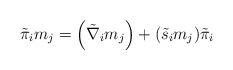
LaTeX: \begin{align*}\tilde{\pi}_{i}m_{j}=\left( \tilde{\nabla}_{i}m_{j}\right) +(\tilde{s}_{i}m_{j})\tilde{\pi}_{i} \end{align*}